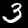
Label: 3